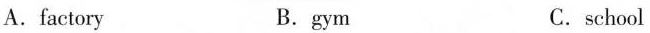
A.factory B.gym C.school